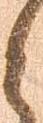
と